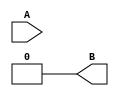
module NV_BLKBOX_SINK (
  A,B
 );
input A ;
output B;

assign B = 1'b0;

endmodule